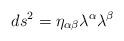
LaTeX: \begin{align*}ds^2 =\eta_{\alpha\beta} \lambda^{\alpha}\lambda^{\beta}\end{align*}